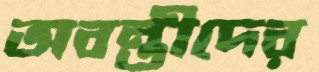
অবন্তীদের